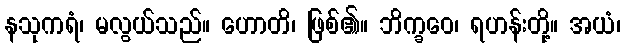
နသုကရံ၊ မလွယ်သည်။ ဟောတိ၊ ဖြစ်၏။ ဘိက္ခဝေ၊ ရဟန်းတို့။ အယံ၊